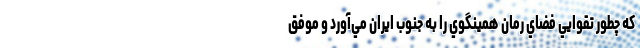
که چطور تقوايي فضاي رمان همينگوي را به جنوب ايران مي‌آورد و موفق